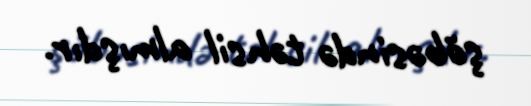
şöbəsində təhsil almışdır.